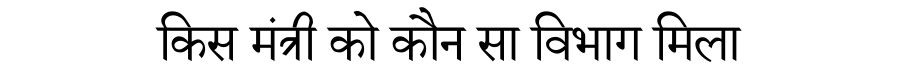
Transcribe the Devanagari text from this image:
किस मंत्री को कौन सा विभाग मिला